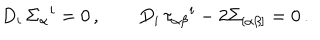
D _ { i } \, \Sigma _ { \alpha } { } ^ { i } = 0 \, , \qquad D _ { i } \, \tau _ { \alpha \beta } { } ^ { i } - 2 \Sigma _ { [ \alpha \beta ] } = 0 \, .